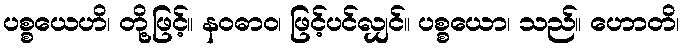
ပစ္စယေဟိ၊ တို့ဖြင့်။ နဝဓာဝ၊ ဖြင့်ပင်လျှင်။ ပစ္စယော၊ သည်။ ဟောတိ၊